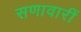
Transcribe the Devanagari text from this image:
सणावारीं